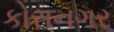
કોરાનગર